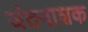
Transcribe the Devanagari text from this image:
जंतनाशक